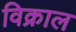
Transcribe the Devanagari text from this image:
विक्राल